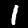
Label: 1